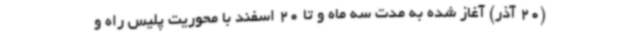
(20 آذر) آغاز شده به مدت سه ماه و تا 20 اسفند با محوریت پلیس راه و